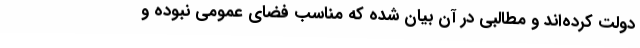
دولت کرده‌اند و مطالبی در آن بیان شده که مناسب فضای عمومی نبوده و